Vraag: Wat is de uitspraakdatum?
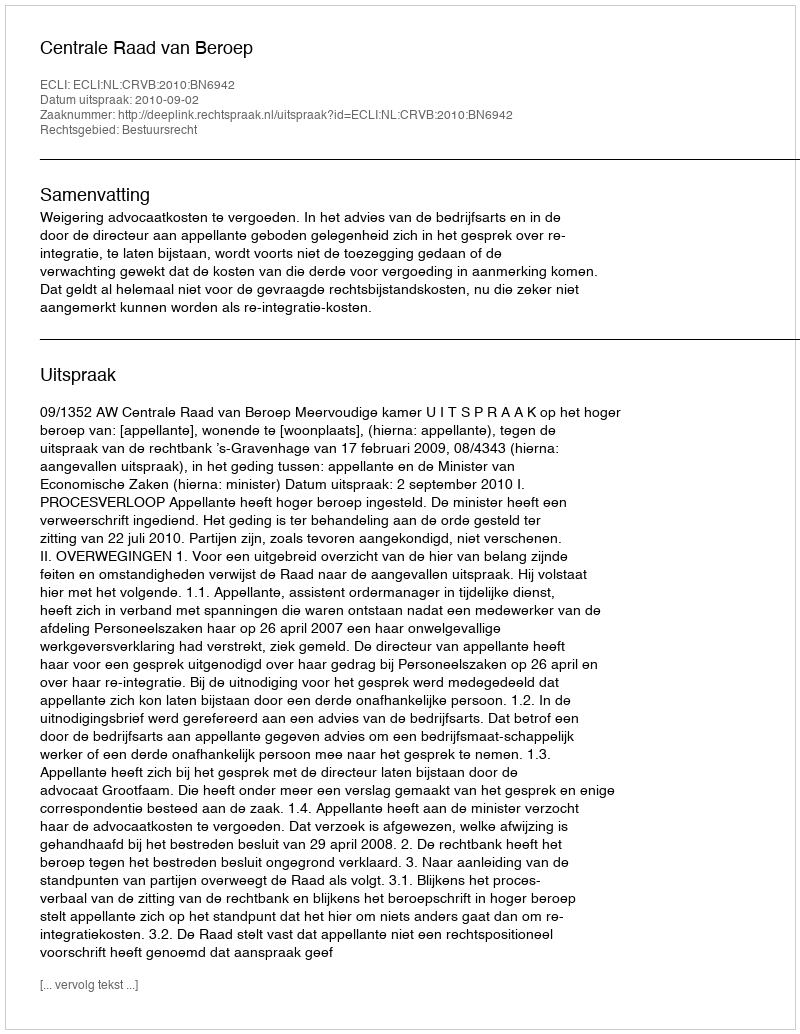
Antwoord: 2010-09-02